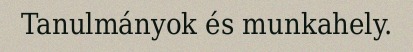
Tanulmányok és munkahely.